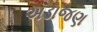
અડાજણ